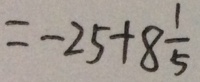
= - 2 5 + 8 \frac { 1 } { 5 }